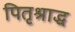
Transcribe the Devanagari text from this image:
पितृश्राद्ध